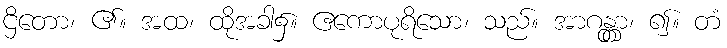
ဌိတော၊ ၏။ အထ၊ ထိုအခါ၌။ ဧကောပုရိသော၊ သည်။ အာဂန္တွာ၊ ၍။ တံ